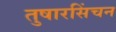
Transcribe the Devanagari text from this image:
तुषारसिंचन